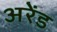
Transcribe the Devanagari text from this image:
अरेंड